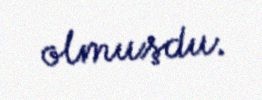
olmuşdu.